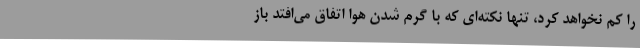
را کم نخواهد کرد، تنها نکته‌ای که با گرم شدن هوا اتفاق می‌افتد باز